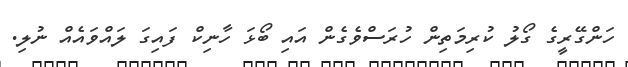
ހަންގޭރީގެ ގޯލު ކުރިމަތިން ހުރަސްވެގެން އައި ބޯޅަ ހާނިކް ފައިގަ ލައްވައެއް ނުލި.